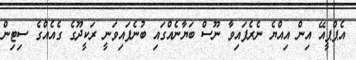
އެޕްޕީއޭ އިން އިއްޔެ ނެރެފައިވާ ނޫސް ބަޔާނެއްގައި ބުނެފައިވަނީ ރަކީދޫގެ ގެއެއްގެ ސިޓިން